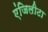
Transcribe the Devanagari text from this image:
एंजिलीटा